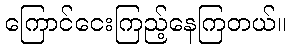
ကြောင်ငေးကြည့်နေကြတယ်။